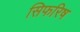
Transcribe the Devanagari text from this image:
सिफरिष